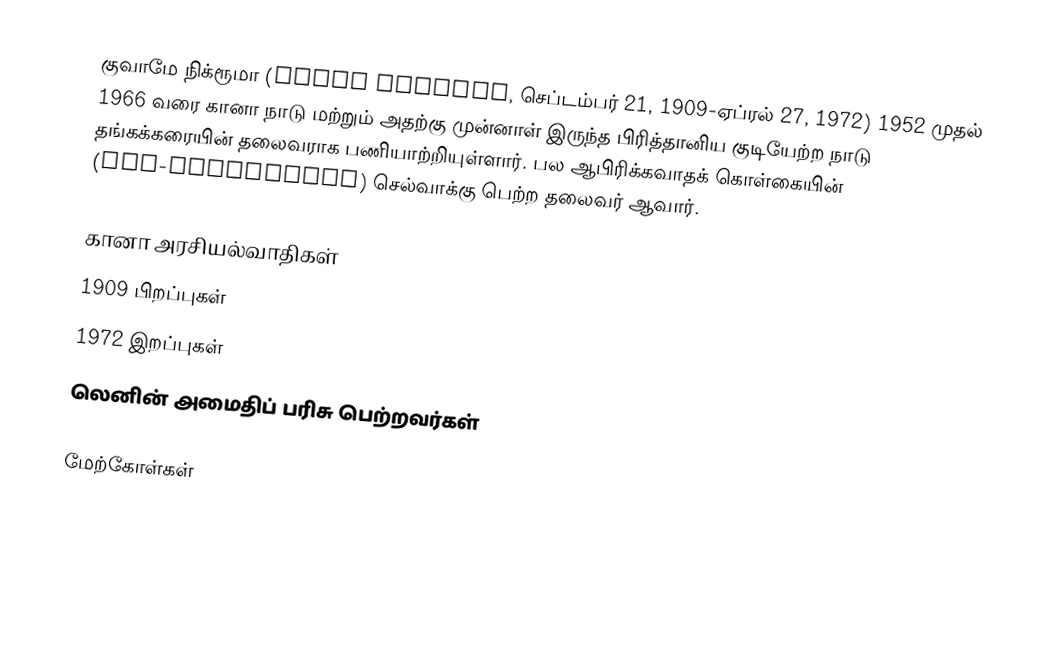
குவாமே நிக்ரூமா (Kwame Nkrumah, செப்டம்பர் 21, 1909-ஏப்ரல் 27, 1972) 1952 முதல் 1966 வரை கானா நாடு மற்றும் அதற்கு முன்னாள் இருந்த பிரித்தானிய குடியேற்ற நாடு தங்கக்கரையின் தலைவராக பணியாற்றியுள்ளார். பல ஆபிரிக்கவாதக் கொள்கையின் (Pan-Africanism) செல்வாக்கு பெற்ற தலைவர் ஆவார்.

கானா அரசியல்வாதிகள்
1909 பிறப்புகள்
1972 இறப்புகள்
லெனின் அமைதிப் பரிசு பெற்றவர்கள்

மேற்கோள்கள்